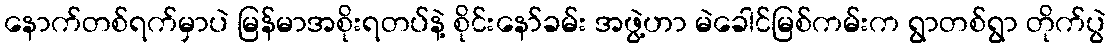
နောက်တစ်ရက်မှာပဲ မြန်မာအစိုးရတပ်နဲ့ စိုင်းနော်ခမ်း အဖွဲ့ဟာ မဲခေါင်မြစ်ကမ်းက ရွာတစ်ရွာ တိုက်ပွဲ